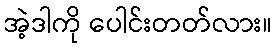
အဲ့ဒါကို ပေါင်းတတ်လား။